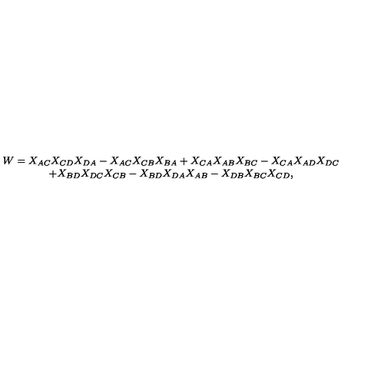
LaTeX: \begin{array} { c } { W = X _ { A C } X _ { C D } X _ { D A } - X _ { A C } X _ { C B } X _ { B A } + X _ { C A } X _ { A B } X _ { B C } - X _ { C A } X _ { A D } X _ { D C } } \\ { + X _ { B D } X _ { D C } X _ { C B } - X _ { B D } X _ { D A } X _ { A B } - X _ { D B } X _ { B C } X _ { C D } , } \\ \end{array}